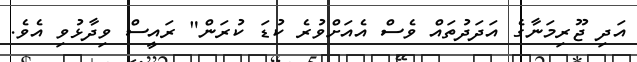
އަދި ޖޫރިމަނާގެ އަދަދުތައް ވެސް އެއަށްވުރެ ކުޑަ ކުރަން" ރައީސް ވިދާޅުވި އެވެ.